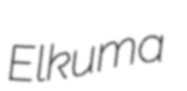
Elkuma